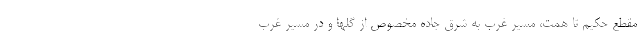
مقطع حکیم تا همت، مسیر غرب به شرق جاده مخصوص از گلها و در مسیر غرب